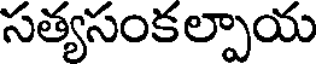
సత్యసంకల్పాయ